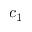
c _ { 1 }